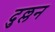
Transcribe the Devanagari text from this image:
दुल्लन